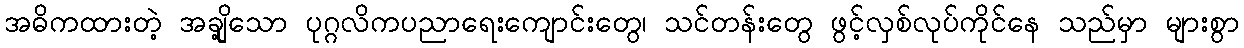
အဓိကထားတဲ့ အချို့သော ပုဂ္ဂလိကပညာရေးကျောင်းတွေ၊ သင်တန်းတွေ ဖွင့်လှစ်လုပ်ကိုင်နေ သည်မှာ များစွာ